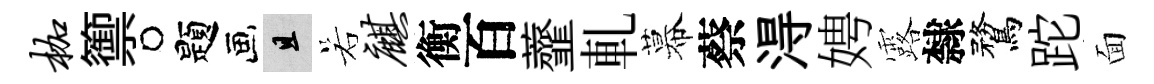
枷籞题且若麒衡百虀軋幕蔡淂娉露隸鶩跎面